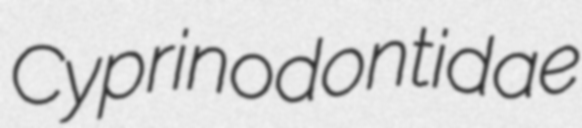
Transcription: Cyprinodontidae